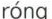
róng